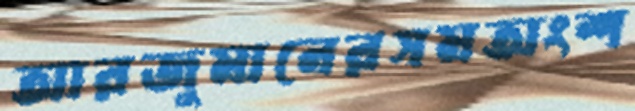
আরজুমানেরসমঅংশ